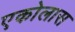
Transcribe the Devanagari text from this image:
एकोलास